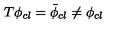
T \phi _ { c l } = \bar { \phi } _ { c l } \neq \phi _ { c l }